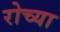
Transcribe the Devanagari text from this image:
रोच्या